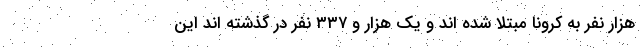
هزار نفر به کرونا مبتلا شده اند و یک هزار و ۳۳۷ نفر در گذشته اند این